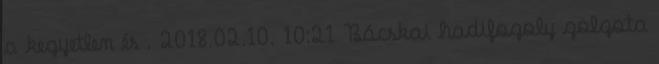
a kegyetlen és . 2018.02.10. 10:21 Bácskai hadifogoly golgota